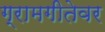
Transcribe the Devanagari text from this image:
ग्रामगीतेवर